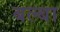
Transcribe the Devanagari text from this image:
बल्बा